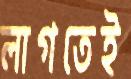
লাগতেই